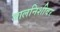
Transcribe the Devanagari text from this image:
जालनिशीवर